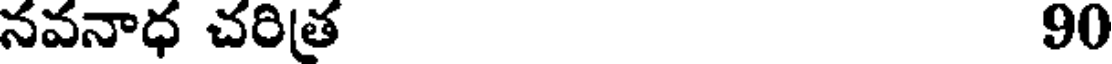
నవనాధ చరిత్ర 90